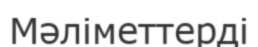
Мәліметтерді